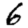
Digit: 6